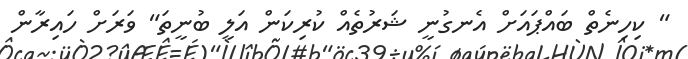
" ކިހިނެތް ބައްޕައަށް އެނގުނީ ޝަރުތެއް ކުރިކަން އަލީ ބުނީތަ" ވަރަށް ހައިރާން